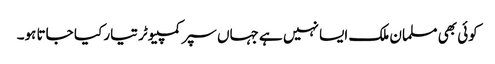
کوئی بھی مسلمان ملک ایسا نہیں ہے جہاں سپر کمپیوٹر تیار کیا جاتا ہو۔